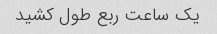
یک ساعت ربع طول کشید